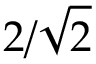
2 / \sqrt { 2 }